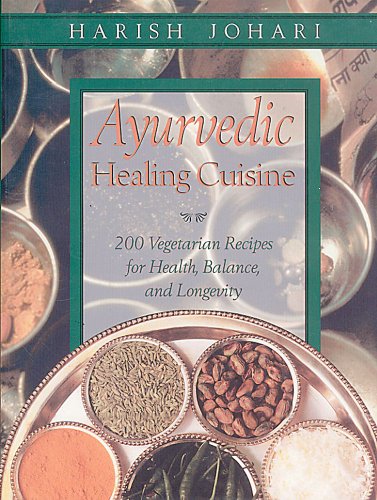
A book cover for Ayurvedic Healing Cuisine; Harish Johari; Health, Fitness & Dieting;